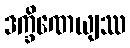
ဒက္ခိဏေယျဿ